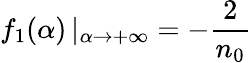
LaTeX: \mathop{f_{1}(\alpha)}|_{\alpha\to+\infty}=-\frac{2}{n_{0}}